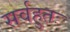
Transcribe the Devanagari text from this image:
सर्वहुतः